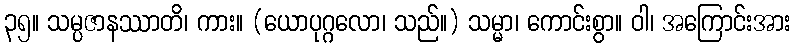
၃၅။ သမ္ပဇာနဿာတိ၊ ကား။ (ယောပုဂ္ဂလော၊ သည်။) သမ္မာ၊ ကောင်းစွာ။ ဝါ၊ အကြောင်းအား